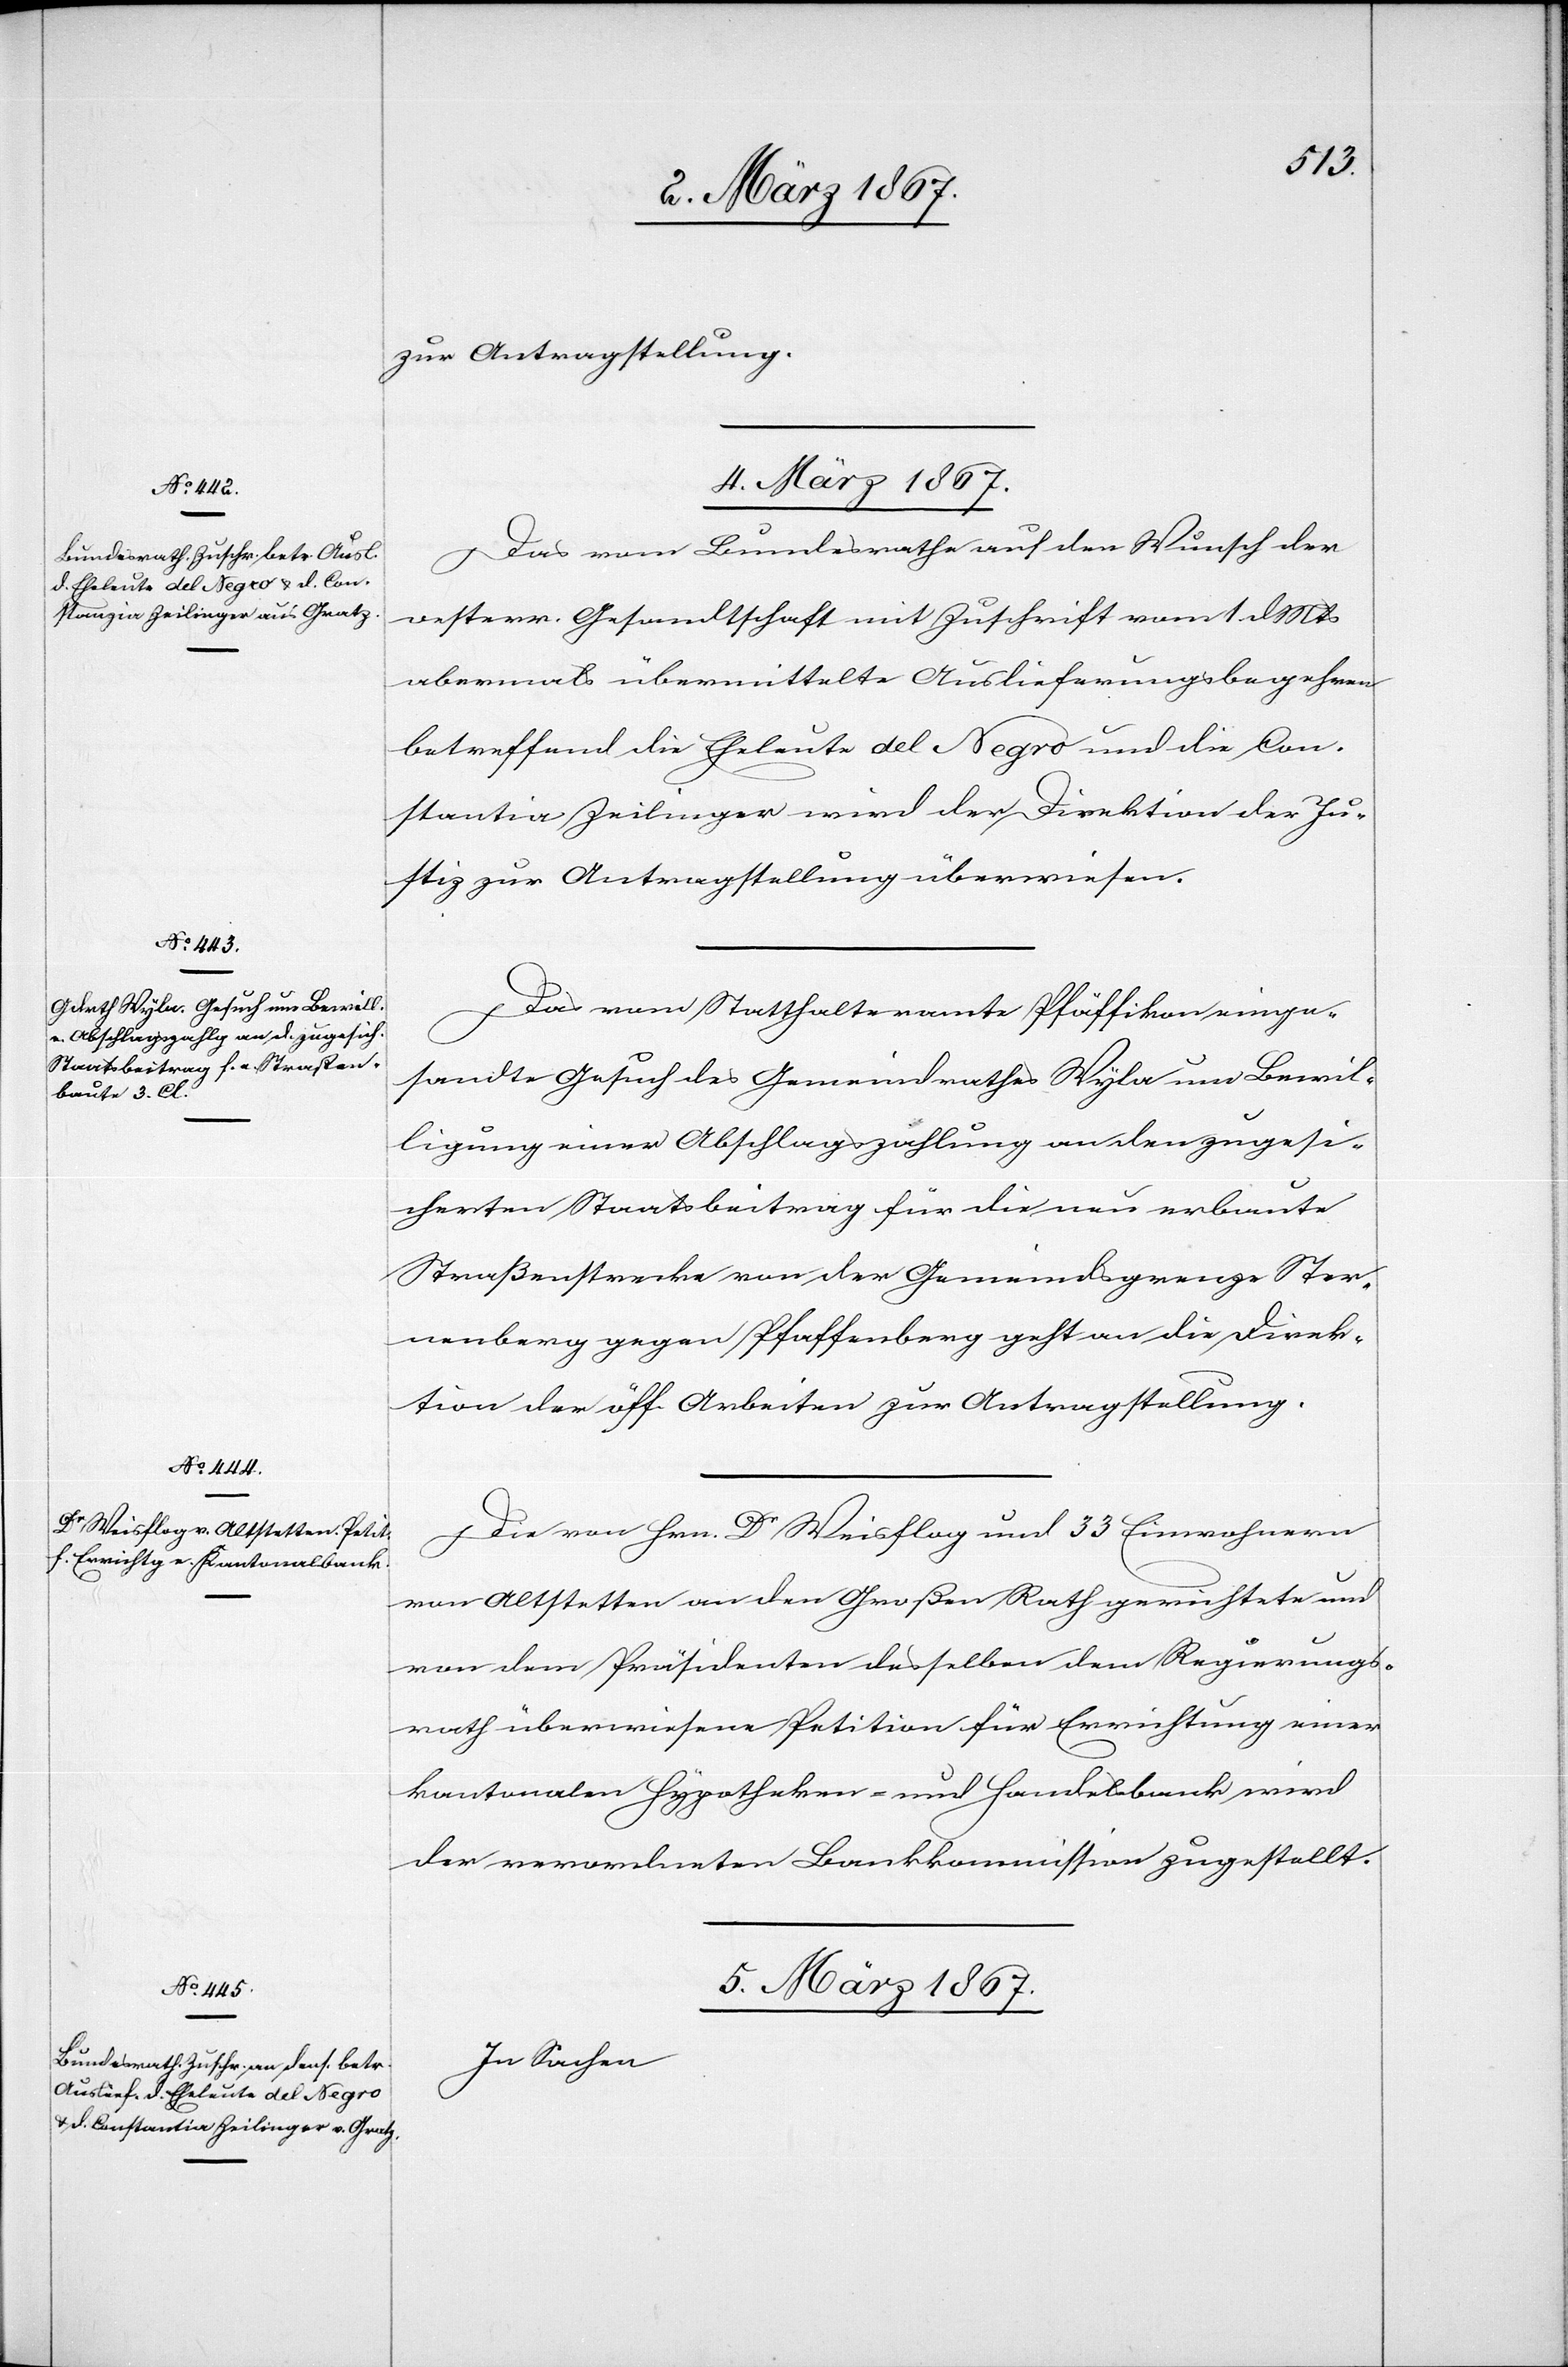
zur Antragstellung.
4. März 1867.]
Das vom Bundesrathe auf den Wunsch der
oesterr. Gesandtschaft mit Zuschrift vom 1. d. Mts
abermals übermittelte Auslieferungsbegehren
betreffend die Eheleute del Negro und die Con¬
stantia Zeilinger wird der Direktion der Ju¬
stiz zur Antragstellung überwiesen.
Das vom Statthalteramte Pfäffikon einge¬
sandte Gesuch des Gemeindrathes Wyla um Bewil¬
ligung einer Abschlagszahlung an den zugesi¬
cherten Staatsbeitrag für die neu erbaute
Straßenstrecke von der Gemeindsgrenze Ster¬
nenberg gegen Pfaffenberg geht an die Direk¬
tion der öff. Arbeiten zur Antragstellung.
Die von Hrn. Dr Weisflog und 33 Einwohnern
von Altstetten an den Großen Rath gerichtete und
von dem Präsidenten desselben dem Regierungs¬
rath überwiesene Petition für Errichtung einer
kantonalen Hypotheken- und Handelsbank wird
der verordneten Bankkommission zugestellt.
5. März 1867.
In Sachen